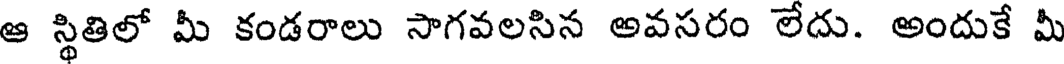
ఆ స్థితిలో మీ కండరాలు సాగవలసిన అవసరం లేదు. అందుకే మీ